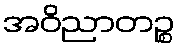
အဝိညာတဉ္စ